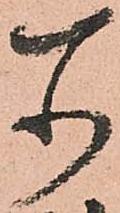
所